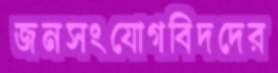
জনসংযোগবিদদের